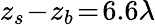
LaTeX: z_{s}\! -\! z_{b}\! =\! 6.6\lambda